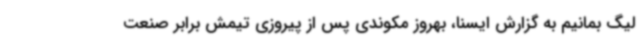
لیگ بمانیم به گزارش ایسنا، بهروز مکوندی پس از پیروزی تیمش برابر صنعت